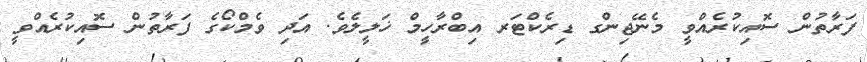
ފަރާތުން ސޮއިކުރެއްވީ މެނޭޖިންގ ޑިރެކްޓަރ އިބްރާހީމް ޚަލީލެވެ. އަދި ވެމްކޯގެ ފަރާތުން ސޮއިކުރެއްވީ